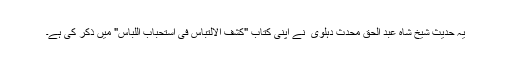
یہ حدیث شیخ شاہ عبد الحق محدث دہلوی ؒ نے اپنی کتاب "کشف الالتباس فی استحباب اللباس" میں ذکر کی ہے۔